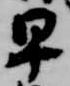
早